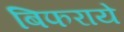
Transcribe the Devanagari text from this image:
बिफराये